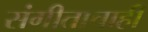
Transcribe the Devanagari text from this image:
संगीताचाही